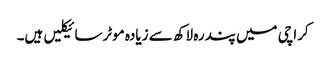
کراچی میں پندرہ لاکھ سے زیادہ موٹرسائیکلیں ہیں۔